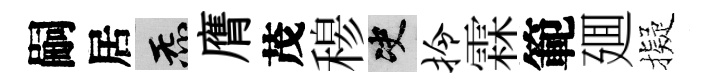
嗣居炁膺茂𥠇决拎霖範廽擬